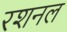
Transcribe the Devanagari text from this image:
रशनल